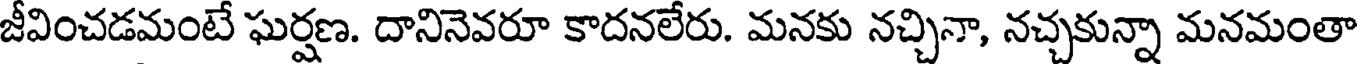
జీవించడమంటే ఘర్షణ. దానినెవరూ కాదనలేరు. మనకు నచ్చినా, నచ్చకున్నా మనమంతా